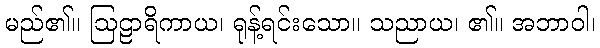
မည်၏။ ဩဠာရိကာယ၊ ရုန့်ရင်းသော။ သညာယ၊ ၏။ အဘာဝါ၊